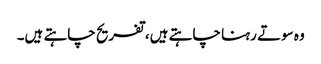
وہ سوتے رہنا چاہتے ہیں، تفریح چاہتے ہیں۔